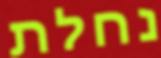
נחלת